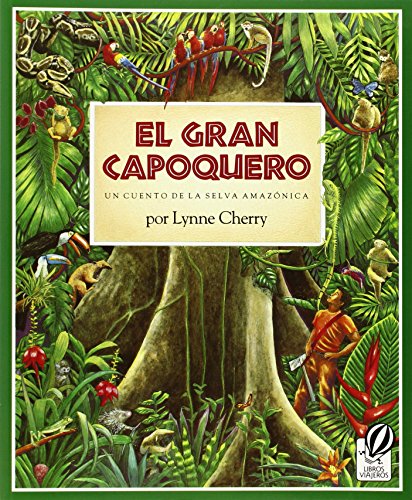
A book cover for El Gran Capoquero: Un Cuento de la Selva Amazonica (The Great Kapok Tree: A Tale of the Amazon Rain Forest); Lynne Cherry; Science & Math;